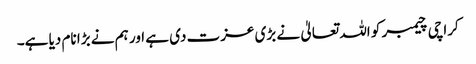
کراچی چیمبر کو اللہ تعالیٰ نے بڑی عزت دی ہے اور ہم نے بڑا نام دیا ہے۔